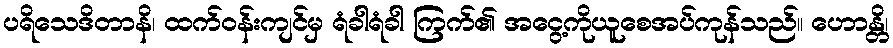
ပရိသေဒိတာနိ၊ ထက်ဝန်းကျင်မှ ရံခါရံခါ ကြက်၏ အငွေ့ကိုယူစေအပ်ကုန်သည်။ ဟောန္တိ၊